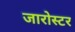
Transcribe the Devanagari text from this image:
जारोस्टर